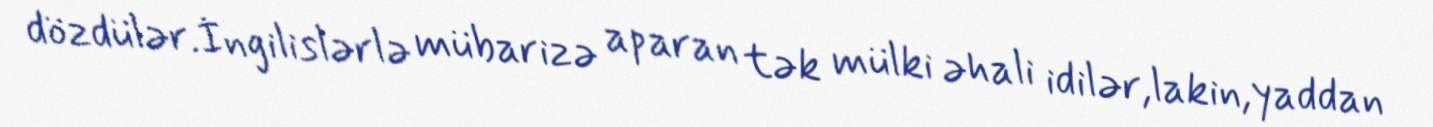
dözdülər.İngilislərlə mübarizə aparan tək mülki əhali idilər,lakin,yaddan